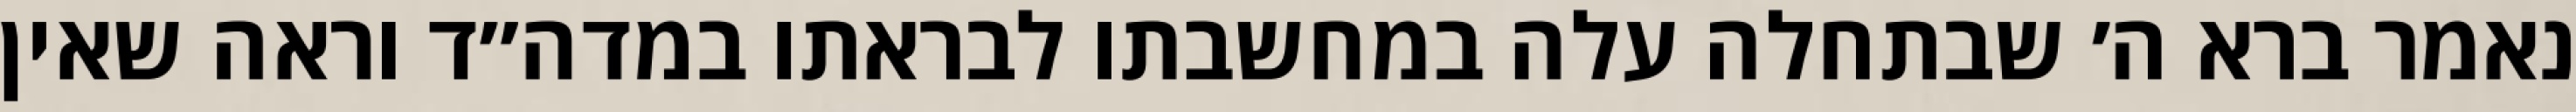
נאמר ברא ה׳ שבתחלה עלה במחשבתו לבראתו במדה״ד וראה שאין